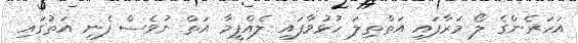
އަހަރެންގެ ލޯ މަރާފައި އަތްތިލަ ހުޅުވާފައި ލެއްޕީމާ އަތް ނުވެސް ފެނި އަތުގައި